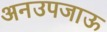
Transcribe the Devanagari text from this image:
अनउपजाऊ